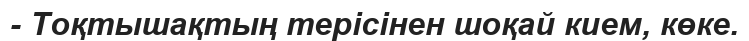
- Тоқтышақтың терісінен шоқай кием, көке.